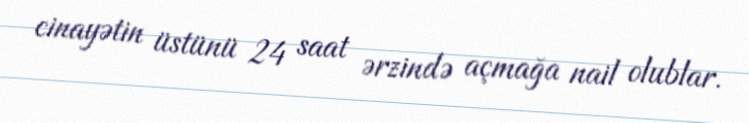
cinayətin üstünü 24 saat ərzində açmağa nail olublar.